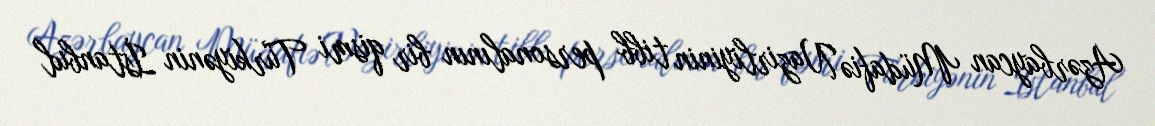
Azərbaycan Müdafiə Nazirliyinin tibb personalının bir qismi Türkiyənin İstanbul